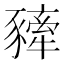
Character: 𧲀